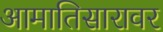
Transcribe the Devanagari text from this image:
आमातिसारावर